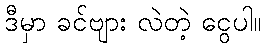
ဒီမှာ ခင်ဗျား လဲတဲ့ ငွေပါ။